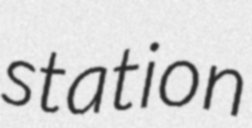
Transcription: station